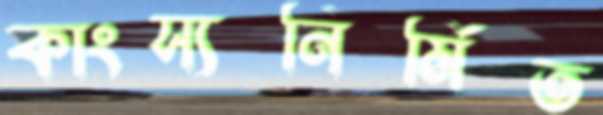
কাংস্যনির্মিত